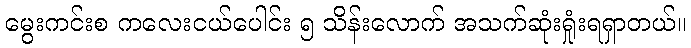
မွေးကင်းစ ကလေးငယ်ပေါင်း ၅ သိန်းလောက် အသက်ဆုံးရှုံးရရှာတယ်။